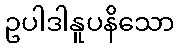
ဥပါဒါနူပနိသော